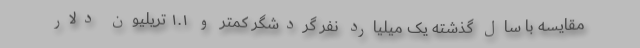
مقایسه با سال گذشته یک میلیارد نفر گردشگر کمتر و ۱.۱ تریلیون دلار